Indian journal of veterinary science and animal husbandry - Volume 3,
Year: 1933
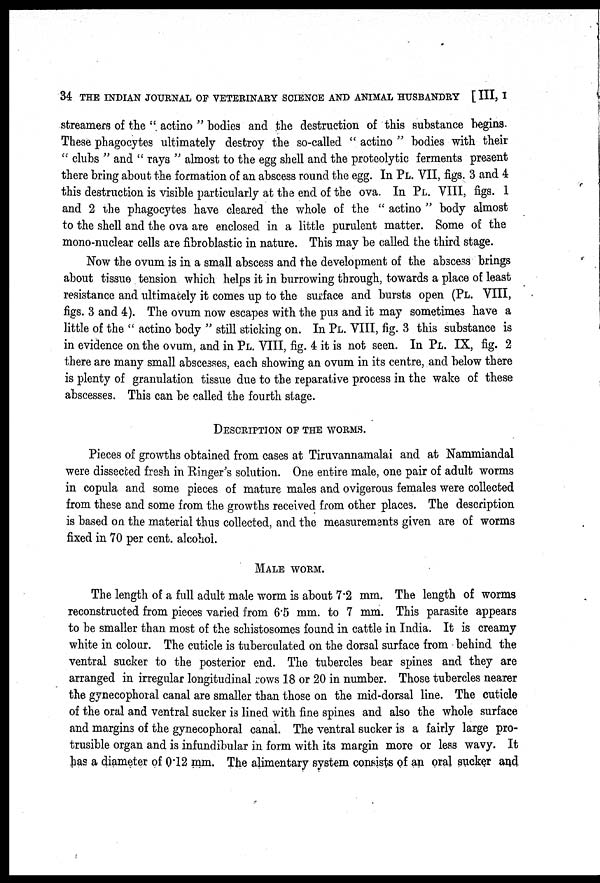
34 THE INDIAN JOURNAL OF VETERINARY SCIENCE AND ANIMAL HUSBANDRY [ III, I
streamers of the " actino " bodies and the destruction of this substance begins.
These phagocytes ultimately destroy the so-called " actino " bodies with their
" clubs " and " rays " almost to the egg shell and the proteolytic ferments present
there bring about the formation of an abscess round the egg. In PL. VII, figs. 3 and 4
this destruction is visible particularly at the end of the ova. In PL. VIII, figs. 1
and 2 the phagocytes have cleared the whole of the " actino " body almost
to the shell and the ova are enclosed in a little purulent matter. Some of the
mono-nuclear cells are fibroblastic in nature. This may be called the third stage.
Now the ovum is in a small abscess and the development of the abscess brings
about tissue tension which helps it in burrowing through, towards a place of least
resistance and ultimately it comes up to the surface and bursts open (PL. VIII,
figs. 3 and 4). The ovum now escapes with the pus and it may sometimes have a
little of the " actino body " still sticking on. In PL. VIII, fig. 3 this substance is
in evidence on the ovum, and in PL. VIII, fig. 4 it is not seen. In PL. IX, fig. 2
there are many small abscesses, each showing an ovum in its centre, and below there
is plenty of granulation tissue due to the reparative process in the wake of these
abscesses. This can be called the fourth stage.
DESCRIPTION OF THE WORMS.
Pieces of growths obtained from cases at Tiruvannamalai and at Nammiandal
were dissected fresh in Ringer's solution. One entire male, one pair of adult worms
in copula and some pieces of mature males and ovigerous females were collected
from these and some from the growths received from other places. The description
is based on the material thus collected, and the measurements given are of worms
fixed in 70 per cent. alcohol.
MALE WORM.
The length of a full adult male worm is about 7.2 mm. The length of worms
reconstructed from pieces varied from 6.5 mm. to 7 mm. This parasite appears
to be smaller than most of the schistosomes found in cattle in India. It is creamy
white in colour. The cuticle is tuberculated on the dorsal surface from behind the
ventral sucker to the posterior end. The tubercles bear spines and they are
arranged in irregular longitudinal rows 18 or 20 in number. Those tubercles nearer
the gynecophoral canal are smaller than those on the mid-dorsal line. The cuticle
of the oral and ventral sucker is lined with fine spines and also the whole surface
and margins of the gynecophoral canal. The ventral sucker is a fairly large pro¬
trusible organ and is infundibular in form with its margin more or less wavy. It
has a diameter of 0.12 mm. The alimentary system consists of an oral sucker and